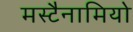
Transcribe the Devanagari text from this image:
मस्टैनामियो